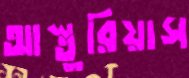
আস্তুরিয়াস